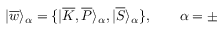
| \overline { { { w } } } \rangle _ { \alpha } = \{ | \overline { { { K } } } , \overline { { { P } } } \rangle _ { \alpha } , | \overline { { { S } } } \rangle _ { \alpha } \} , \qquad \alpha = \pm